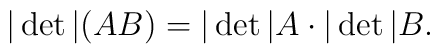
|\det|(AB)=|\det|A\cdot|\det|B.